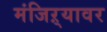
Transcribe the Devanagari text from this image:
मंजिऱ्यावर